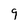
Character: 9